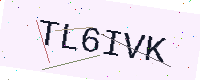
Text: TL6IVK